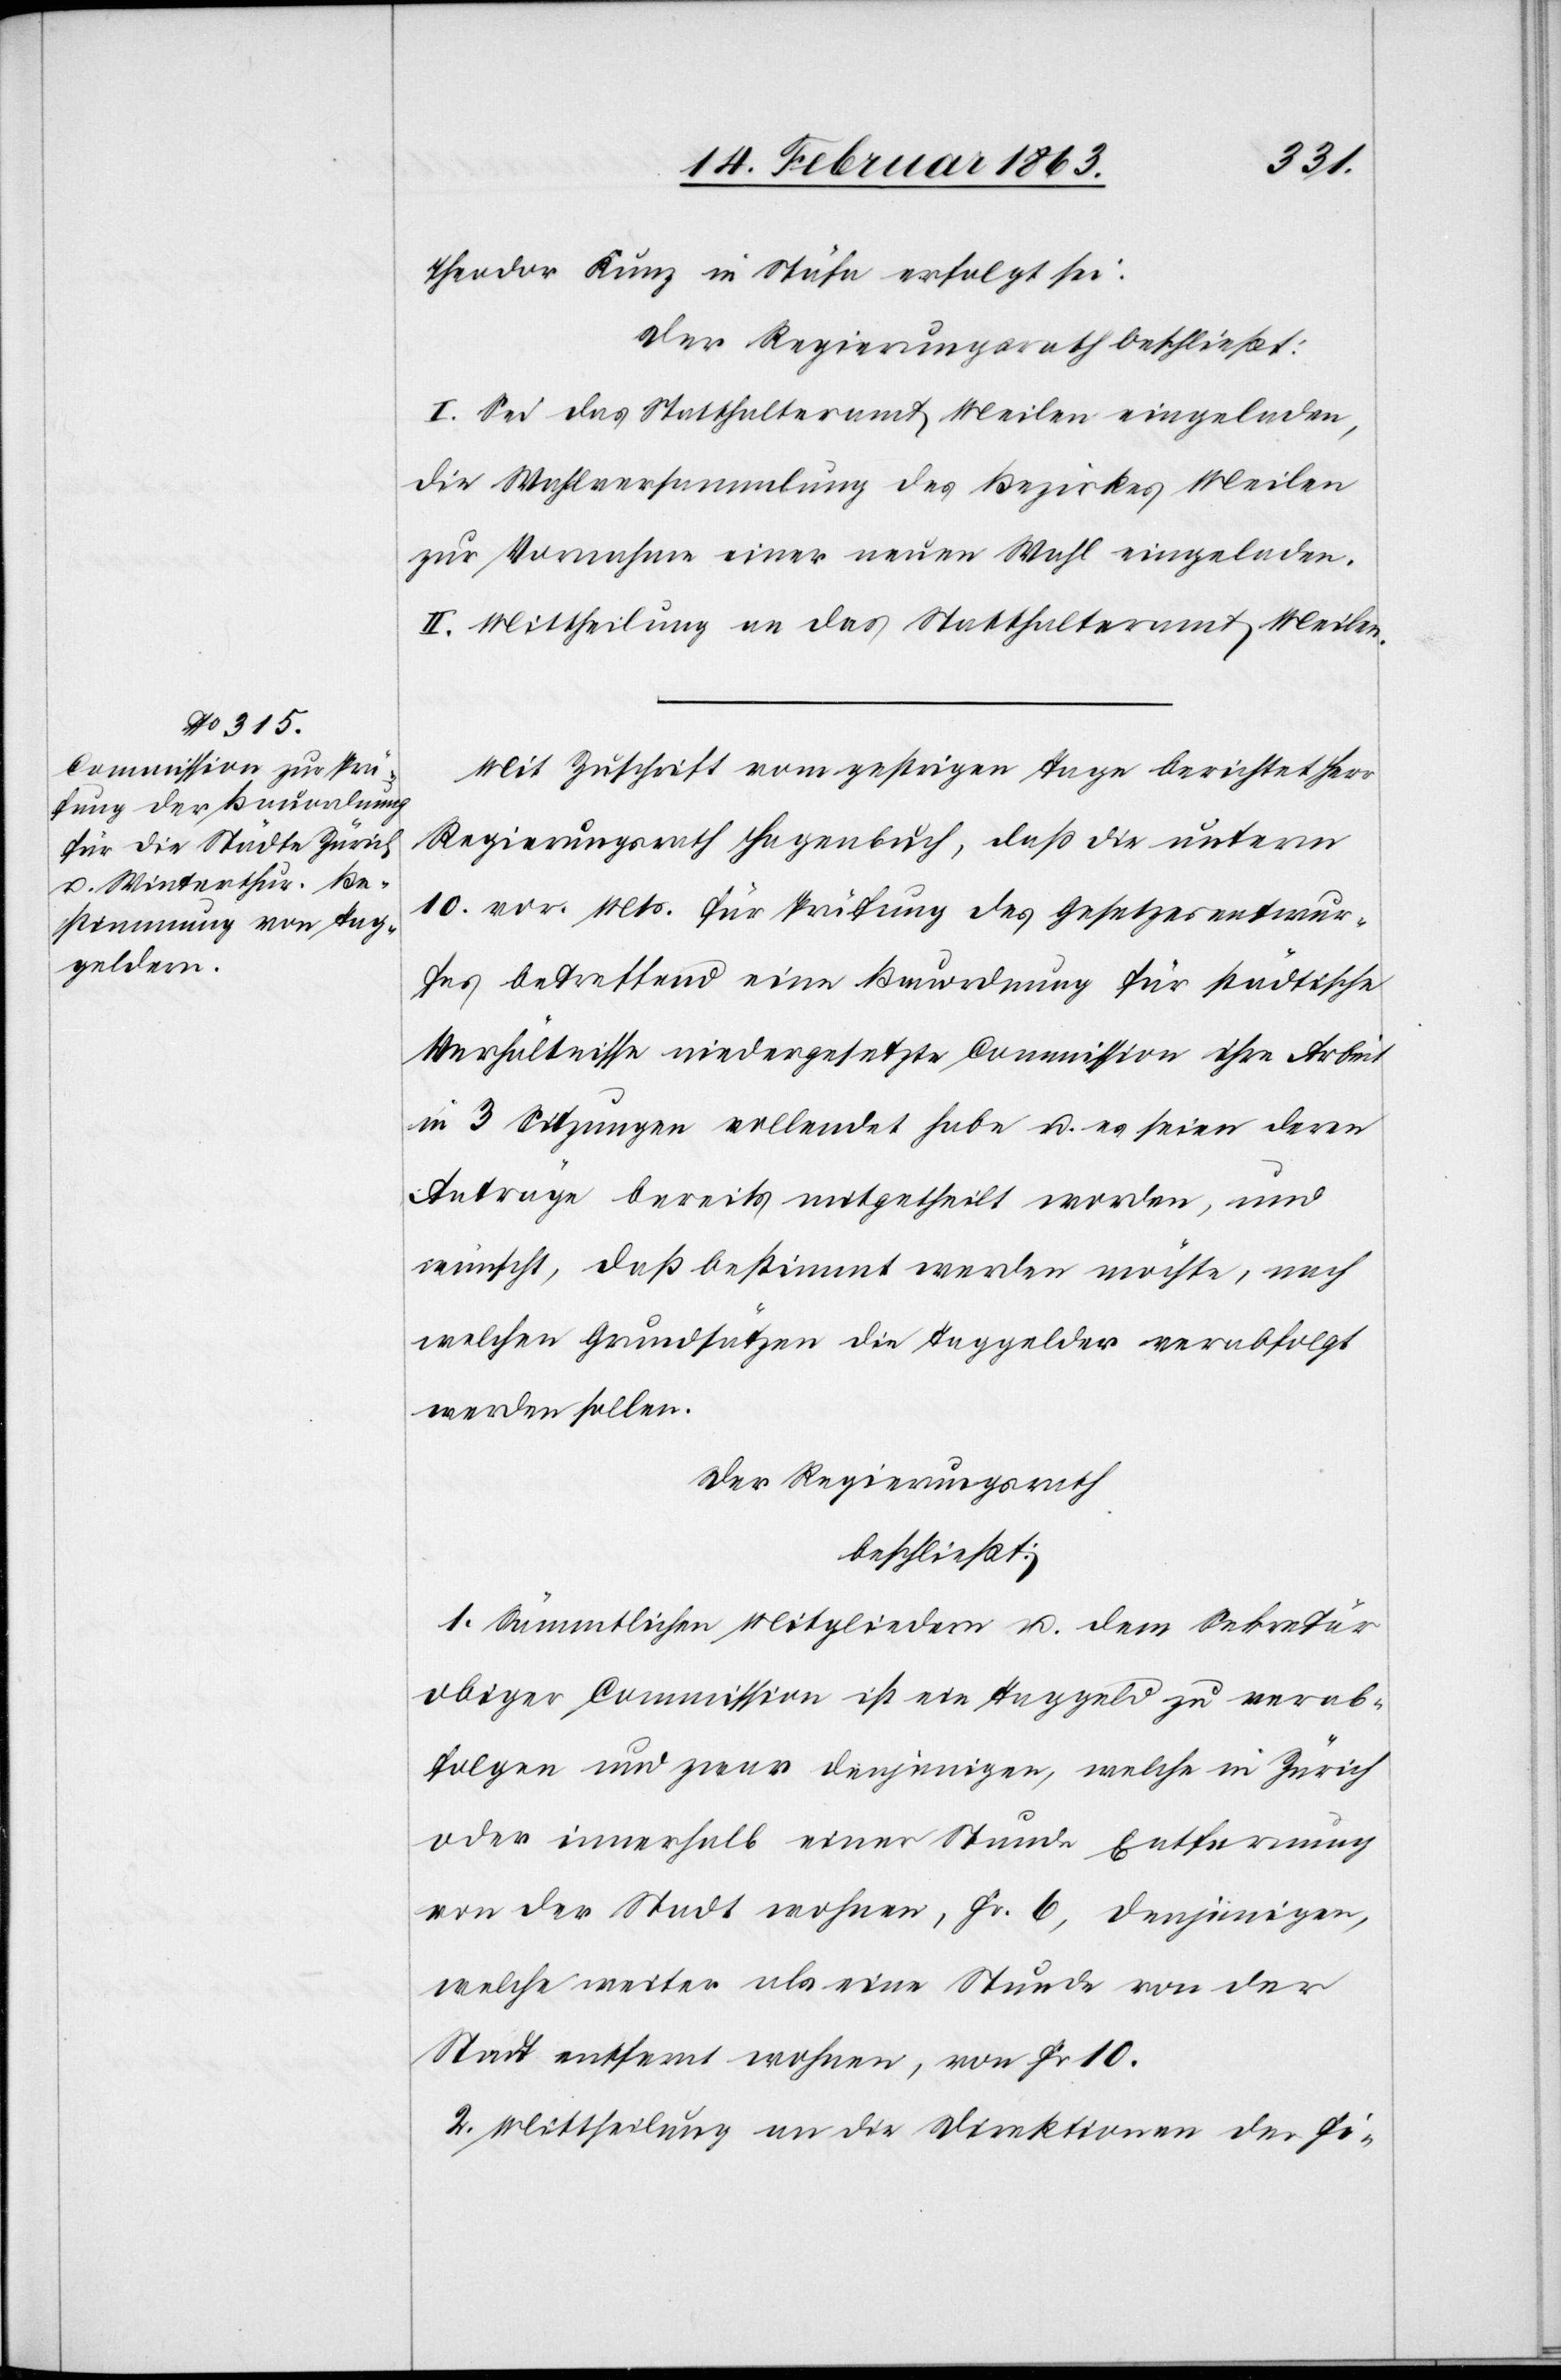
Theodor Kunz in Stäfa erfolgt sei:
Der Regierungsrath beschließt:
I. Sei das Statthalteramt Meilen eingeladen,
die Wahlversammlung des Bezirkes Meilen
zur Vornahme einer neuen Wahl eingeladen.
II. Mittheilung an das Statthalteramt Meilen.
Mit Zuschrift vom gestrigen Tage berichtet Herr
Regierungsrath Hagenbuch, daß die unterm
10. vor. Mts. für Prüfung des Gesetzesentwur¬
fes betreffend eine Bauordnung für städtische
Verhältnisse niedergesetzte Commission ihre Arbeit
in 3 Sitzungen vollendet habe u. es seien deren
Anträge bereits mitgetheilt worden, und
wünscht, daß bestimmt werden möchte, nach
welchen Grundsätzen die Taggelder verabfolgt
werden sollen.
Der Regierungsrath
beschließt:
1. Sämmtlichen Mitgliedern u. dem Sekretär
obiger Commission ist ein Taggeld zu verab¬
folgen und zwar denjenigen, welche in Zürich
oder innerhalb einer Stunde Entfernung
von der Stadt wohnen, Fr. 6, denjenigen,
welche weiter als eine Stunde von der
Stadt entfernt wohnen, von Fr 10.
2. Mittheilung an die Direktionen der Fi-